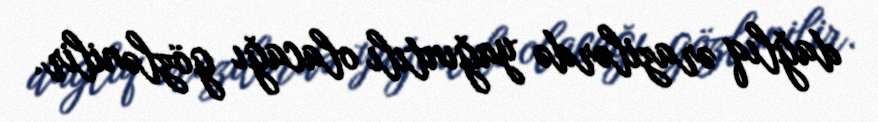
dağlıq ərazilərdə yağıntılı olacağı gözlənilir.